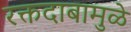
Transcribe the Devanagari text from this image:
रक्तदाबामुळे